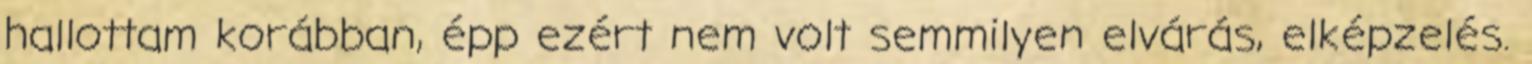
hallottam korábban, épp ezért nem volt semmilyen elvárás, elképzelés.